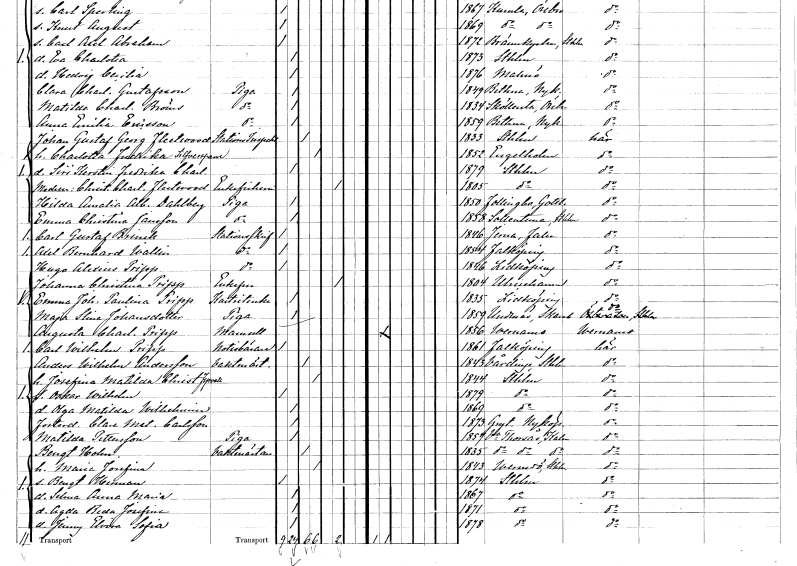
gt_parse: households: individuals: FN: Johan Gustaf Georg
EN: Fleetwood
YRKE: Stationsinspektor
KON: M
CIV: G
FODAR: 1833
FODFORS: Stockholm
FN: Charlotta Fredrika
EN: Silfversparre
KON: K
CIV: G
FODAR: 1852
FODFORS: Ängelholm Kristianstads län
FN: Siri Kerstin Fredrika Charlotta
KON: K
CIV: O
FODAR: 1879
FODFORS: Stockholm
FN: Christina Charlotta
EN: Fleetwood
KON: K
CIV: E
FODAR: 1805
FODFORS: Stockholm
FN: Hilda Amalia Albertina
EN: Dahlberg
YRKE: Piga
KON: K
CIV: O
FODAR: 1850
FODFORS: Follingbo Gotlands län
FN: Emma Christina
EN: Jansson
YRKE: Piga
KON: K
CIV: O
FODAR: 1858
FODFORS: Sollentuna Stockholms län
FN: Carl Gustaf
EN: Brinck
YRKE: Stationsskrivare
KON: M
CIV: O
FODAR: 1846
FODFORS: Järna Kopparbergs län
FN: Axel Bernhard
EN: Wallin
YRKE: Stationsskrivare
KON: M
CIV: O
FODAR: 1854
FODFORS: Falköping Skaraborgs län
FN: Hugo Alexius
EN: Pripp
YRKE: Stationsskrivare
KON: M
CIV: O
FODAR: 1846
FODFORS: Lidköping Skaraborgs län
FN: Johanna Christina
EN: Pripp
KON: K
CIV: E
FODAR: 1804
FODFORS: Ulricehamn Älvsborgs län
FN: Emma Johanna Paulina
EN: Pripp
YRKE: Kartriterska
KON: K
CIV: O
FODAR: 1835
FODFORS: Lidköping Skaraborgs län
FN: Maja Stina
EN: Johansdotter
YRKE: Piga
KON: K
CIV: O
FODAR: 1859
FODFORS: Undenäs Skaraborgs län
FN: Augusta Charlotta
EN: Pripp
KON: K
CIV: O
FODAR: 1856
FODFORS: Värnamo Jönköpings län
FN: Carl Wilhelm
EN: Pripp
YRKE: Notisbärare
KON: M
CIV: O
FODAR: 1861
FODFORS: Falköping Skaraborgs län
FN: Anders Wilhelm
EN: Andersson
YRKE: Vaktmästare
KON: M
CIV: G
FODAR: 1843
FODFORS: Vårdinge Stockholms län
FN: Josefina Matilda Christina
EN: Fyrvall
KON: K
CIV: G
FODAR: 1844
FODFORS: Stockholm
FN: Oskar Wilhelm
KON: M
CIV: O
FODAR: 1879
FODFORS: Stockholm
FN: Olga Matilda Wilhelmina
KON: K
CIV: O
FODAR: 1869
FODFORS: Stockholm
FN: Clara Mathilda
EN: Carlsson
KON: K
CIV: O
FODAR: 1873
FODFORS: Gryt Södermanlands län
FN: Matilda
EN: Pettersson
YRKE: Piga
KON: K
CIV: O
FODAR: 1857
FODFORS: Västra Torsås Kronobergs län
FN: Bengt
EN: Holm
YRKE: Vaktmästare
KON: M
CIV: G
FODAR: 1835
FODFORS: Västra Torsås Kronobergs län
FN: Maria Josefina
KON: K
CIV: G
FODAR: 1843
FODFORS: Värmdö Stockholms län
FN: Bengt Herman
KON: M
CIV: O
FODAR: 1874
FODFORS: Stockholm
FN: Selma Anna Maria
KON: K
CIV: O
FODAR: 1867
FODFORS: Stockholm
FN: Agda Beda Josefina
KON: K
CIV: O
FODAR: 1871
FODFORS: Stockholm
FN: Jenny Elvira Sofia
KON: K
CIV: O
FODAR: 1878
FODFORS: Stockholm